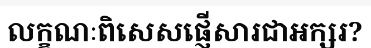
លក្ខណៈពិសេសផ្ញើសារជាអក្សរ?